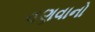
વણવાનો